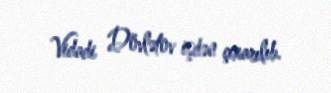
Vidadi Dövlətov işdən çıxarılıb.